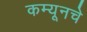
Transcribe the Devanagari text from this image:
कम्यूनचे